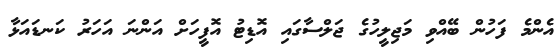
އެންމެ ފަހުން ބޭއްވި މަޖިލީހުގެ ޖަލްސާގައި އޮޑިޓު އޮފީހަށް އަންނަ އަހަރު ކަނޑައަޅާ